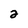
Character: 2